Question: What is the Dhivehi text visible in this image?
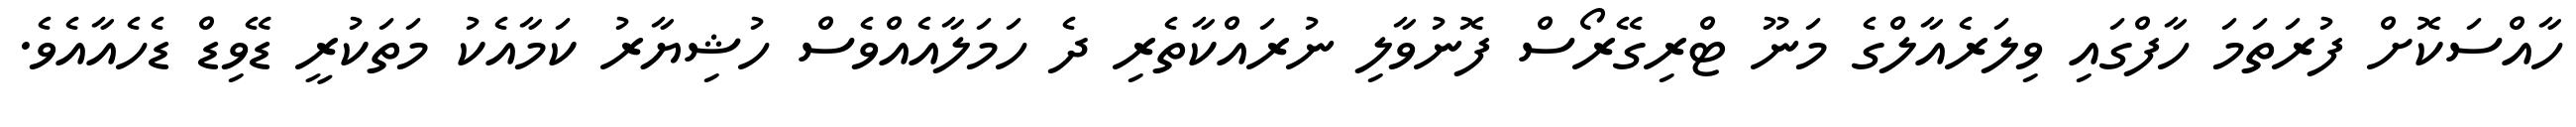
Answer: ހާއްސަކޮށް ފުރަތަމަ ހާފްގައި ވިލަރެއާލްގެ މަނޫ ޓްރިގޭރޯސް ފޮނުވާލި ނުރައްކާތެރި ދެ ހަމަލާއެއްވެސް ހުޝިޔާރު ކަމާއެކު މަތަކުރީ ޑޭވިޑް ޑެހެއާއެވެ.